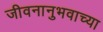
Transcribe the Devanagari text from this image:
जीवनानुभवाच्या